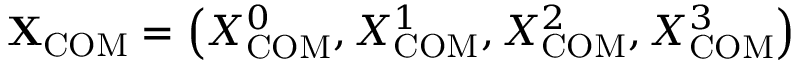
\mathbf { X } _ { \mathrm { C O M } } = \left( X _ { \mathrm { C O M } } ^ { 0 } , X _ { \mathrm { C O M } } ^ { 1 } , X _ { \mathrm { C O M } } ^ { 2 } , X _ { \mathrm { C O M } } ^ { 3 } \right)